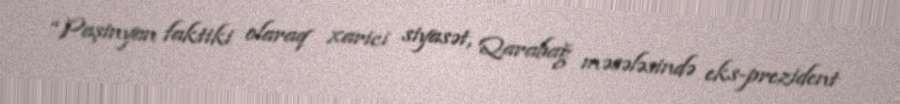
“Paşinyan faktiki olaraq xarici siyasət, Qarabağ məsələsində eks-prezident